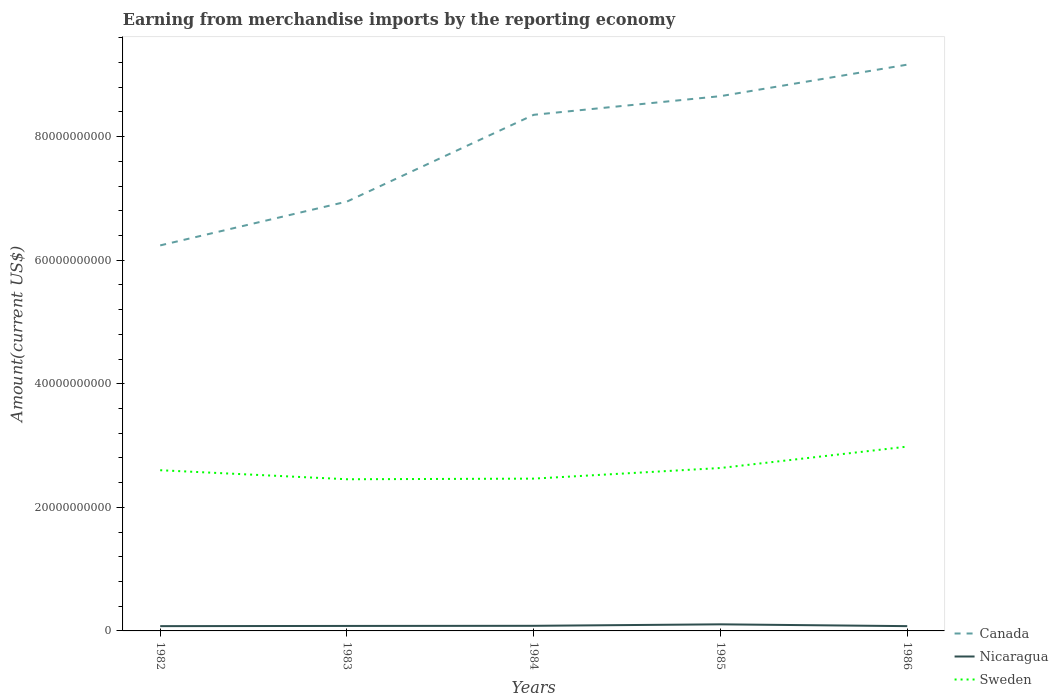
| Years | Canada | Nicaragua | Sweden |
 | --- | --- | --- | --- |
 | 1982 | 6.24e+10 | 7.75e+08 | 2.6e+10 |
 | 1983 | 6.95e+10 | 8.06e+08 | 2.45e+10 |
 | 1984 | 8.35e+10 | 8.26e+08 | 2.46e+10 |
 | 1985 | 8.65e+10 | 1.07e+09 | 2.64e+10 |
 | 1986 | 9.16e+10 | 7.74e+08 | 2.98e+10 |